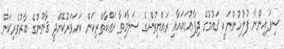
ސިފައިންނާ ފުލުހުންނަކީ ޤައުމުގެ ދިފާޢުގައައާއި ރައްޔިތުންގެ ސަލާމަތާ ރައްކާތެރިކަން ކަށަވަރުކޮށްދީ ޤާނޫނުގެ ބާރުވެރިކަން